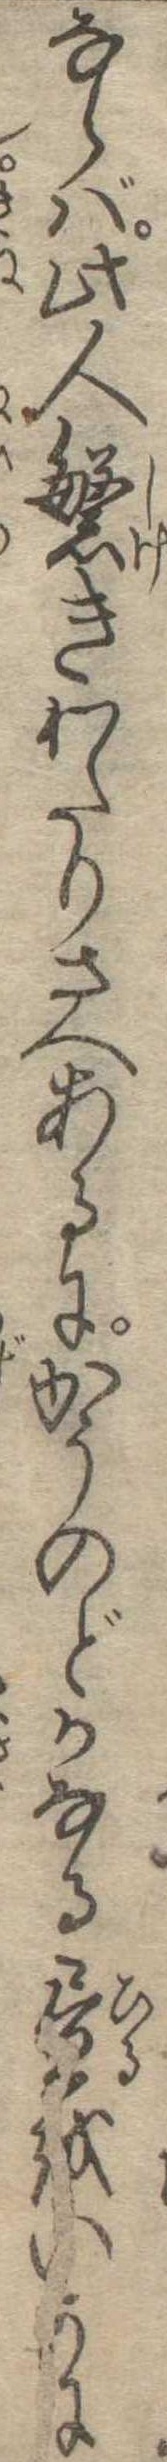
ならば此人繁きわたりさへあるにかうのどかなる昼をいかに